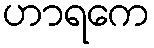
ဟာရကေ